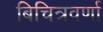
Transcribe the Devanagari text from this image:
बिचित्रवर्णा